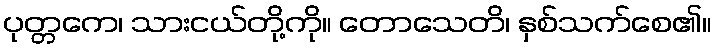
ပုတ္တကေ၊ သားငယ်တို့ကို။ တောသေတိ၊ နှစ်သက်စေ၏။